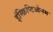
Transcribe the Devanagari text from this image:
इंस्क्रिप्टिओनम